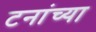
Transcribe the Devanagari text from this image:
टनांच्या